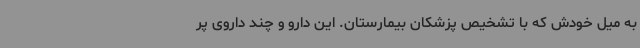
به میل خودش که با تشخیص پزشکان بیمارستان. این دارو و چند داروی پر